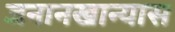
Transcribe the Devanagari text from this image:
जनानखान्यास